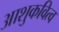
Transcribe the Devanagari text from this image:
आशुकवित्व